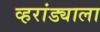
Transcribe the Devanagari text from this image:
व्हरांड्याला